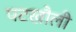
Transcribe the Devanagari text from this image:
पटखौली